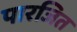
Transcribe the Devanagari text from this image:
पारजित